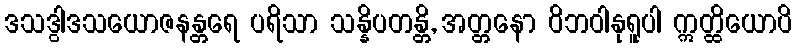
ဒသဒွါဒသယောဇနန္တရေ ပရိသာ သန္နိပတန္တိ, အတ္တနော ဝိဘဝါနုရူပါ ဣတ္ထိယောပိ